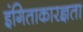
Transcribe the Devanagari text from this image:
इंगिताकारज्ञता